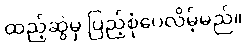
ထည့်ဆွဲမှ ပြည့်စုံပေလိမ့်မည်။